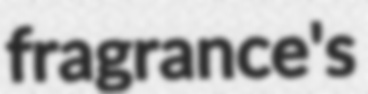
fragrance's